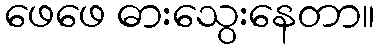
ဖေဖေ ဓားသွေးနေတာ။